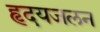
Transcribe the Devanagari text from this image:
हृदयजलन